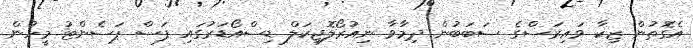
އެގޮތުން ޒިކާ ވައިރަސްގެ ސަބަބުން ދިމާވާ ނިއުރޯލޮޖިކަލް ޑިސްއޯޑަރުގައި ފަސް ޕަސެންޓު މީހުން